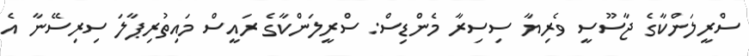
ސްރީލަންކާގެ ޖާސޫސީ ވެރިޔާ ސިސިރާ މެންޑިސް: ސްރީލަންކާގެ ރައީސް މައިތުރިޕާލަ ސިރިސޭނާ އެ